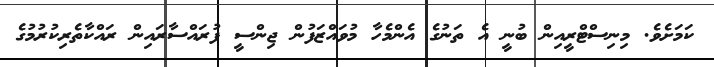
ކަމަށެވެ. މިިނިސްޓްރީއިން ބުނީ އެ ތަނުގެ އެންމެހާ މުވައްޒަފުން ޖިންސީ ފުރައްސާރައިން ރައްކާތެރިކުރުމުގެ